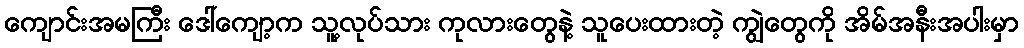
ကျောင်းအမကြီး ဒေါ်ကျော့က သူ့လုပ်သား ကုလားတွေနဲ့ သူပေးထားတဲ့ ကျွဲတွေကို အိမ်အနီးအပါးမှာ